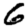
Digit: 6